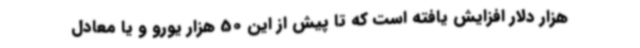
هزار دلار افزایش یافته است که تا پیش از این 50 هزار یورو و یا معادل